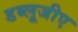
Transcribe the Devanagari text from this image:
डब्लूजीए